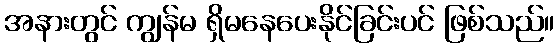
အနားတွင် ကျွန်မ ရှိမနေပေးနိုင်ခြင်းပင် ဖြစ်သည်။